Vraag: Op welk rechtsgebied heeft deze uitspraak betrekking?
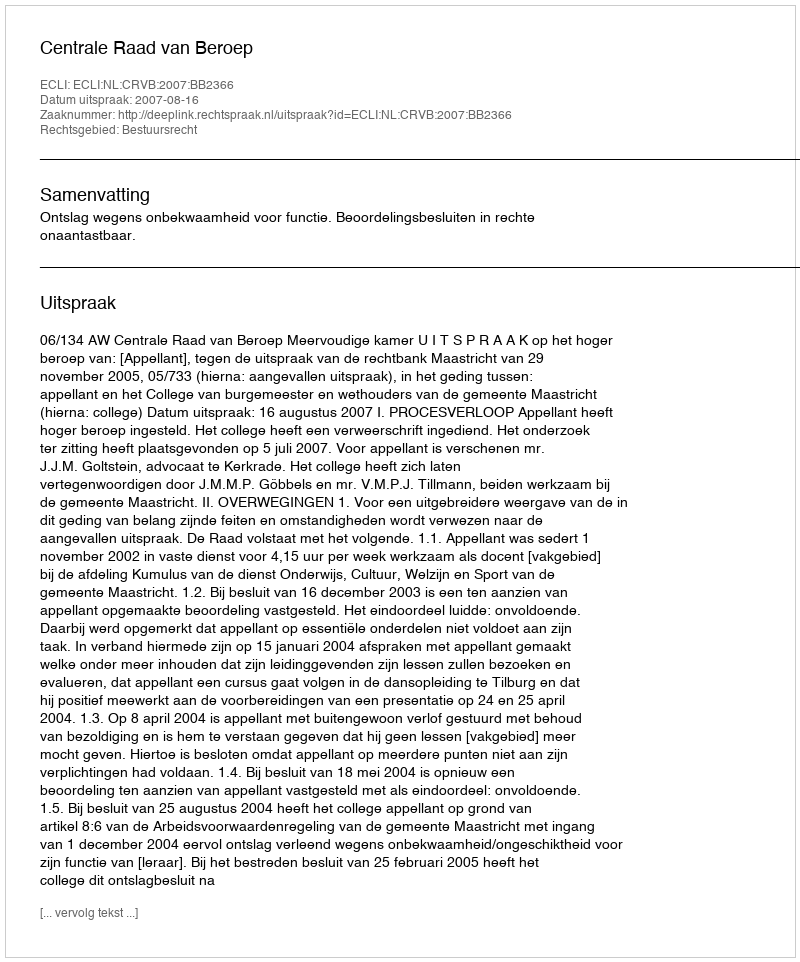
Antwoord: Bestuursrecht